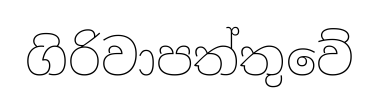
ගිරිවාපත්තුවේ